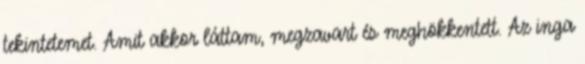
tekintetemet. Amit akkor láttam, megzavart és meghökkentett. Az inga